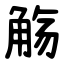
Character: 觞